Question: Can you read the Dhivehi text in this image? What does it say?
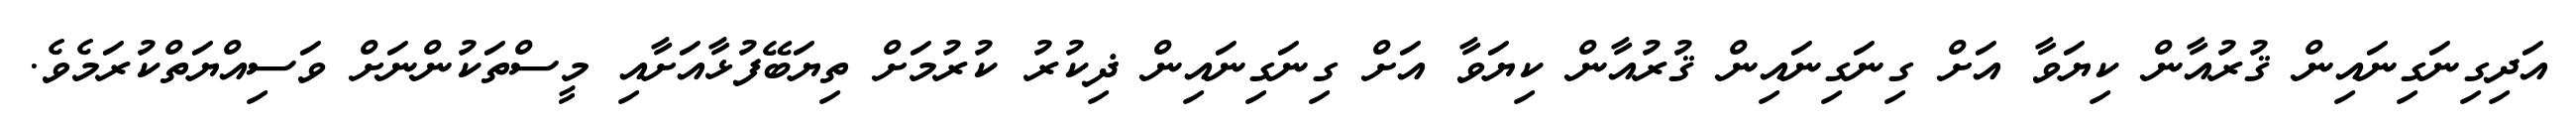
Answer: އަދިގިނަގިނައިން ޤުރުއާން ކިޔަވާ އަށް ގިނަގިނައިން ޤުރުއާން ކިޔަވާ އަށް ގިނަގިނައިން ޛިކުރު ކުރުމަށް ތިޔަބޭފުޅާއަށާއި މީސްތަކުންނަށް ވަސިއްޔަތްކުރަމެވެ.